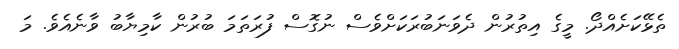
ތެޅޭކަށެއްދޯ. މީގެ އިތުރުން ދެވަނަބުރަކަށްވެސް ނުގޮސް ފުރަތަމަ ބުރުން ކާމިޔާބު ވާނެއެވެ. މަ